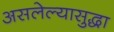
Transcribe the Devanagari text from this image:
असलेल्यासुद्धा